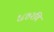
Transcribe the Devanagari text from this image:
१८७२वि